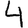
Digit: 4